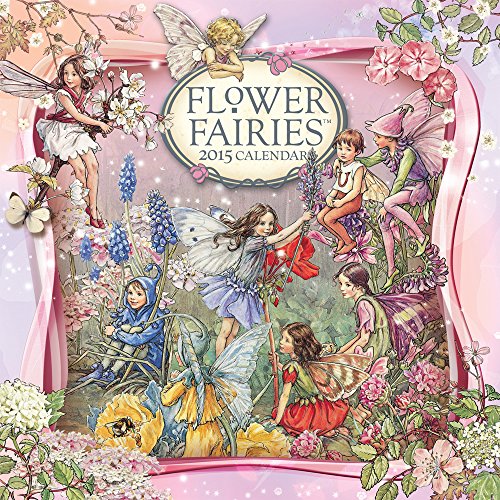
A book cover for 2015 Flower Fairies Wall Calendar Calendar Ink; Calendars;